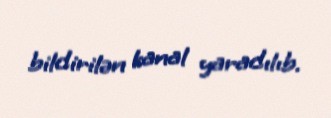
bildirilən kanal yaradılıb.